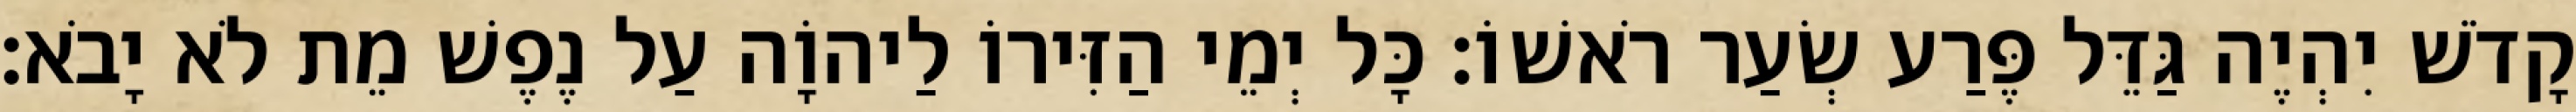
קָדֹשׁ יִהְיֶה גַּדֵּל פֶּרַע שְׂעַר רֹאשׁוֹ׃ כָּל יְמֵי הַזִּירוֹ לַיהוָֹה עַל נֶפֶשׁ מֵת לֹא יָבֹא׃